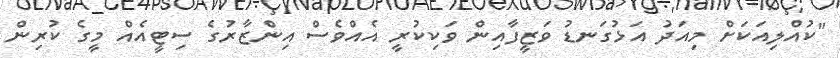
"ކުއްލިއަކަށް މިއަދު އަޅުގަނޑު ވަޒީފާއިން ވަކިކުރީ އެއްވެސް އިންޒާރުގެ ސިޓީއެއް މީގެ ކުރިން